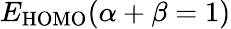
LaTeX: E_{\mathrm{HOMO}}(\alpha+\beta=1)